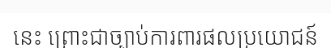
នេះ ព្រោះជាច្បាប់ការពារផលប្រយោជន៍